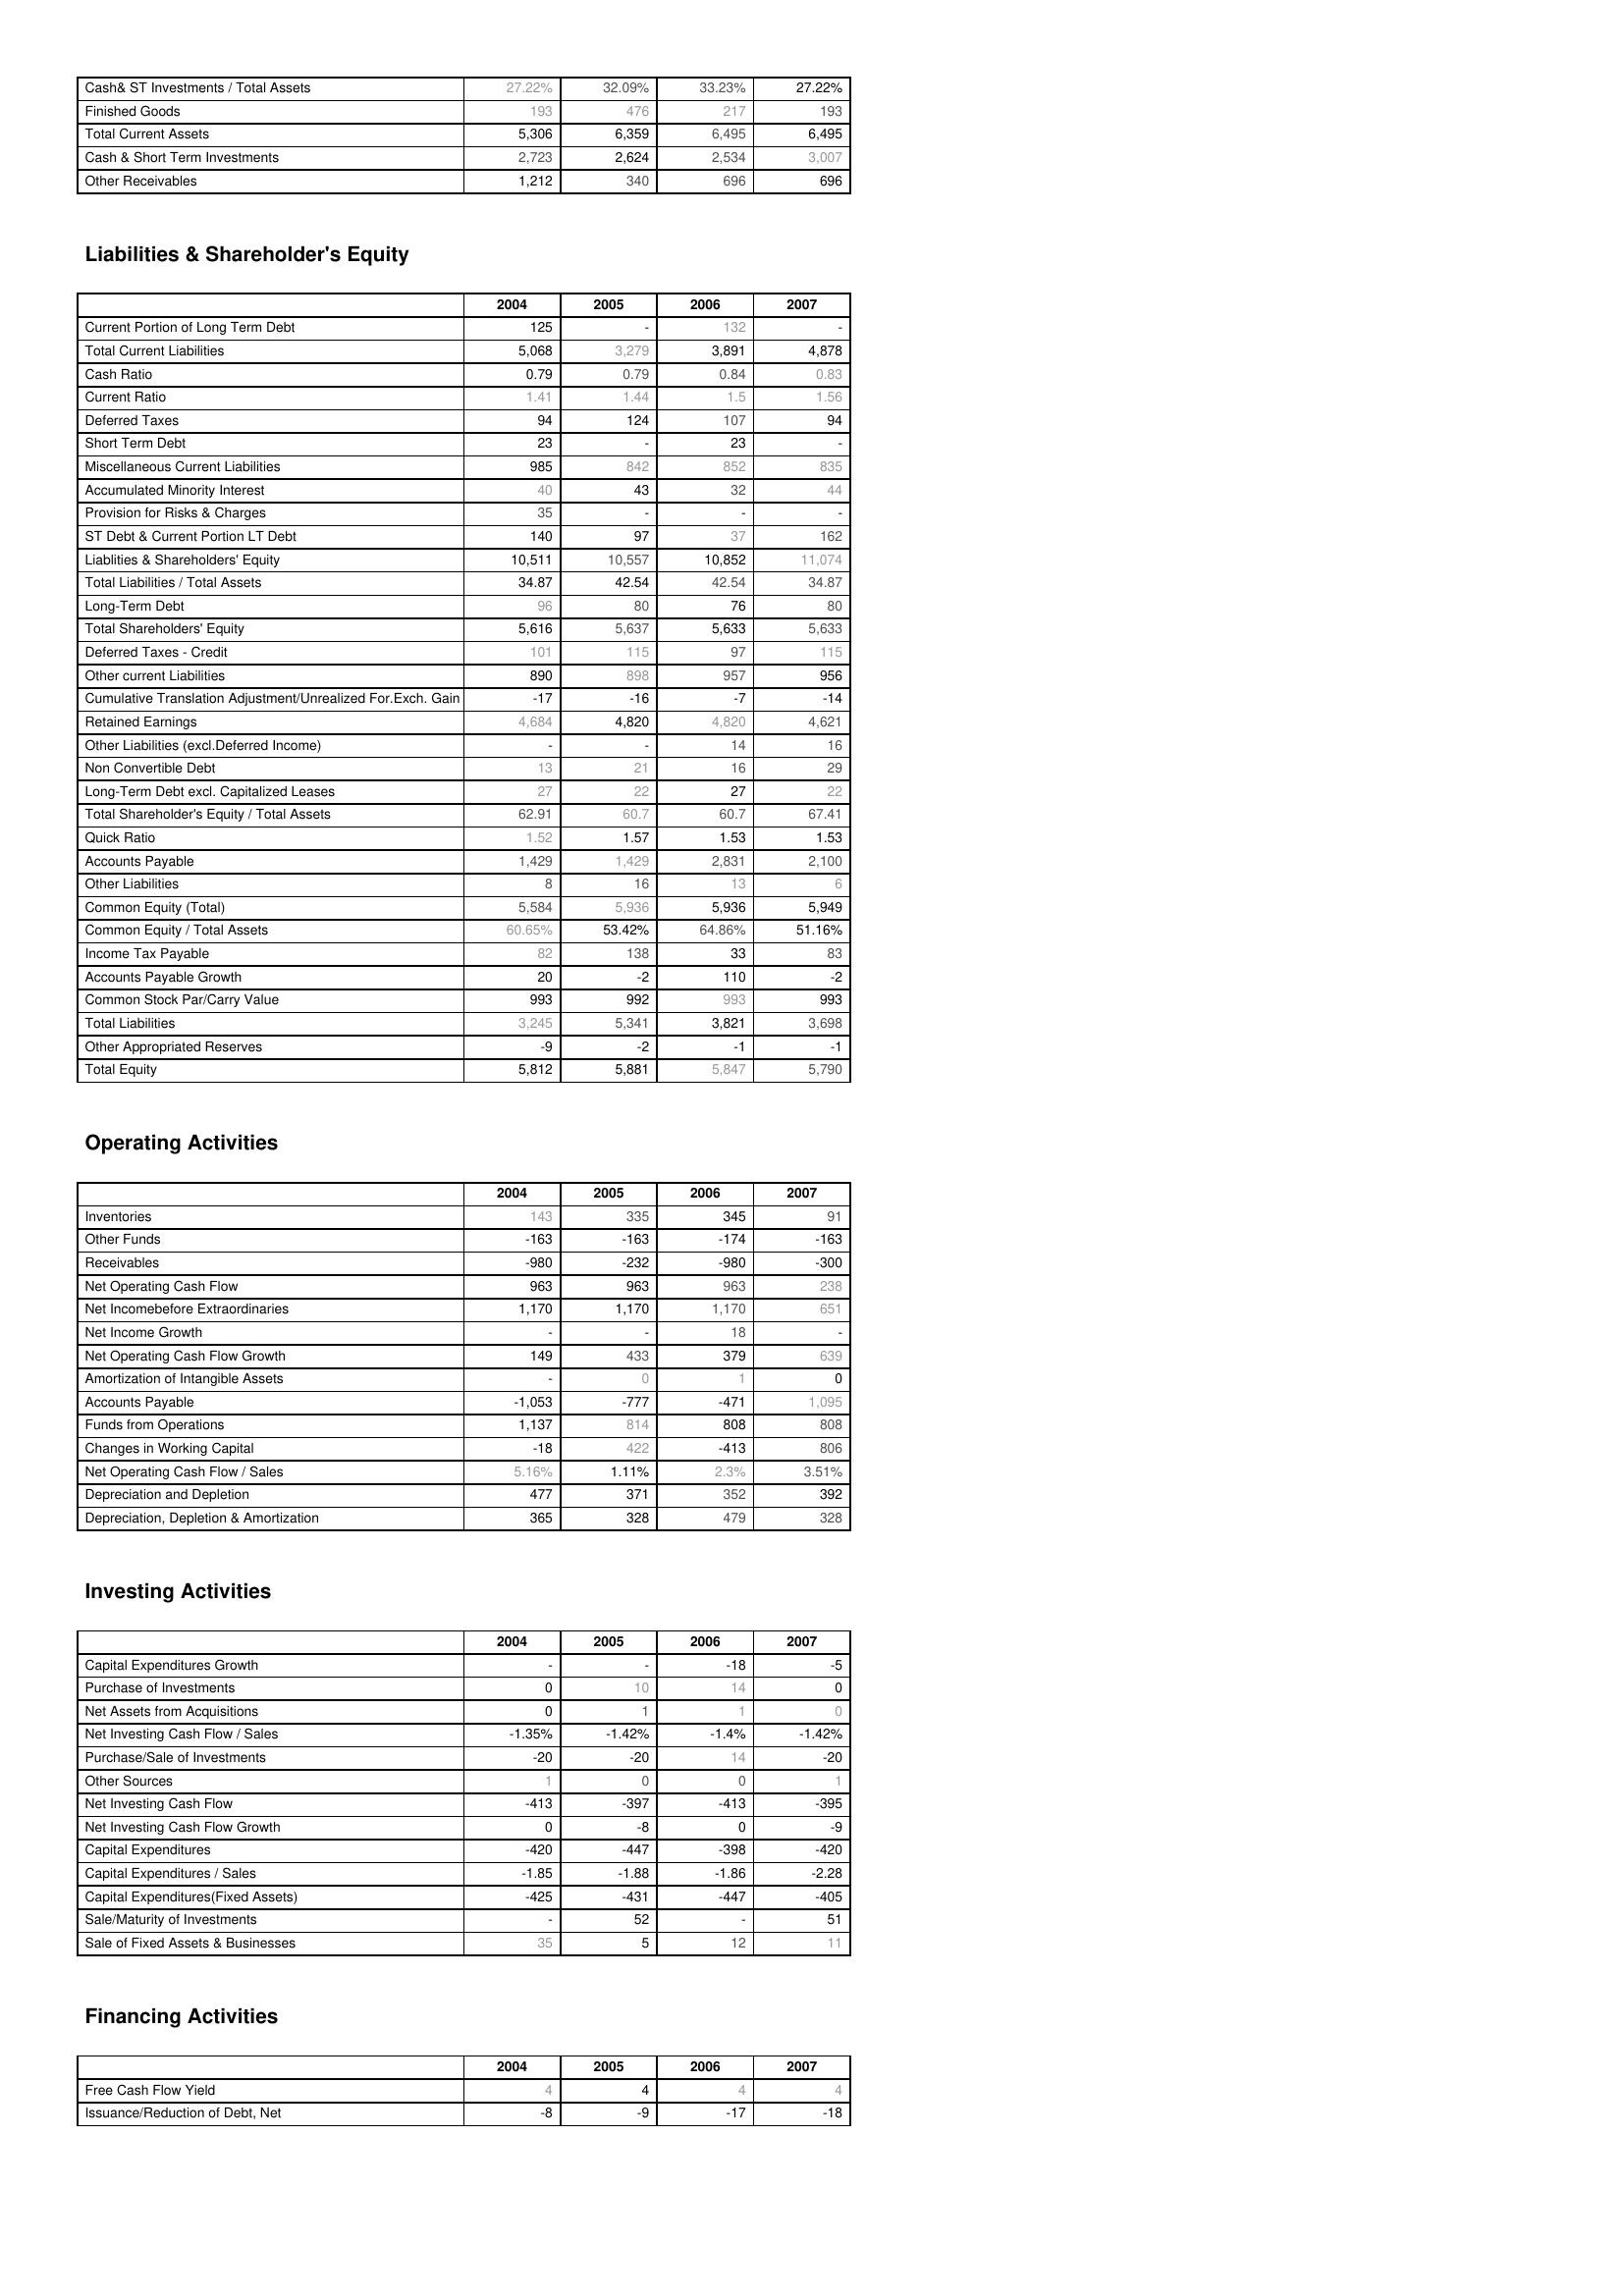
2004: Assets: Cash& ST Investments / Total Assets: 27.22%
Finished Goods: 193
Total Current Assets: 5,306
Cash & Short Term Investments: 2,723
Other Receivables: 1,212
Liabilities & Shareholder's Equity: Current Portion of Long Term Debt: 125
Total Current Liabilities: 5,068
Cash Ratio: 0.79
Current Ratio: 1.41
Deferred Taxes: 94
Short Term Debt: 23
Miscellaneous Current Liabilities: 985
Accumulated Minority Interest: 40
Provision for Risks & Charges: 35
ST Debt & Current Portion LT Debt: 140
Liablities & Shareholders' Equity: 10,511
Total Liabilities / Total Assets: 34.87
Long-Term Debt: 96
Total Shareholders' Equity: 5,616
Deferred Taxes - Credit: 101
Other current Liabilities: 890
Cumulative Translation Adjustment/Unrealized For.Exch. Gain: -17
Retained Earnings: 4,684
Other Liabilities (excl.Deferred Income): -
Non Convertible Debt: 13
Long-Term Debt excl. Capitalized Leases: 27
Total Shareholder's Equity / Total Assets: 62.91
Quick Ratio: 1.52
Accounts Payable: 1,429
Other Liabilities: 8
Common Equity (Total): 5,584
Common Equity / Total Assets: 60.65%
Income Tax Payable: 82
Accounts Payable Growth: 20
Common Stock Par/Carry Value: 993
Total Liabilities: 3,245
Other Appropriated Reserves: -9
Total Equity: 5,812
Operating Activities: Inventories: 143
Other Funds: -163
Receivables: -980
Net Operating Cash Flow: 963
Net Incomebefore Extraordinaries: 1,170
Net Income Growth: -
Net Operating Cash Flow Growth: 149
Amortization of Intangible Assets: -
Accounts Payable: -1,053
Funds from Operations: 1,137
Changes in Working Capital: -18
Net Operating Cash Flow / Sales: 5.16%
Depreciation and Depletion: 477
Depreciation, Depletion & Amortization: 365
Investing Activities: Capital Expenditures Growth: -
Purchase of Investments: 0
Net Assets from Acquisitions: 0
Net Investing Cash Flow / Sales: -1.35%
Purchase/Sale of Investments: -20
Other Sources: 1
Net Investing Cash Flow: -413
Net Investing Cash Flow Growth: 0
Capital Expenditures: -420
Capital Expenditures / Sales: -1.85
Capital Expenditures(Fixed Assets): -425
Sale/Maturity of Investments: -
Sale of Fixed Assets & Businesses: 35
Financing Activities: Free Cash Flow Yield: 4
Issuance/Reduction of Debt, Net: -8
2005: Assets: Cash& ST Investments / Total Assets: 32.09%
Finished Goods: 476
Total Current Assets: 6,359
Cash & Short Term Investments: 2,624
Other Receivables: 340
Liabilities & Shareholder's Equity: Current Portion of Long Term Debt: -
Total Current Liabilities: 3,279
Cash Ratio: 0.79
Current Ratio: 1.44
Deferred Taxes: 124
Short Term Debt: -
Miscellaneous Current Liabilities: 842
Accumulated Minority Interest: 43
Provision for Risks & Charges: -
ST Debt & Current Portion LT Debt: 97
Liablities & Shareholders' Equity: 10,557
Total Liabilities / Total Assets: 42.54
Long-Term Debt: 80
Total Shareholders' Equity: 5,637
Deferred Taxes - Credit: 115
Other current Liabilities: 898
Cumulative Translation Adjustment/Unrealized For.Exch. Gain: -16
Retained Earnings: 4,820
Other Liabilities (excl.Deferred Income): -
Non Convertible Debt: 21
Long-Term Debt excl. Capitalized Leases: 22
Total Shareholder's Equity / Total Assets: 60.7
Quick Ratio: 1.57
Accounts Payable: 1,429
Other Liabilities: 16
Common Equity (Total): 5,936
Common Equity / Total Assets: 53.42%
Income Tax Payable: 138
Accounts Payable Growth: -2
Common Stock Par/Carry Value: 992
Total Liabilities: 5,341
Other Appropriated Reserves: -2
Total Equity: 5,881
Operating Activities: Inventories: 335
Other Funds: -163
Receivables: -232
Net Operating Cash Flow: 963
Net Incomebefore Extraordinaries: 1,170
Net Income Growth: -
Net Operating Cash Flow Growth: 433
Amortization of Intangible Assets: 0
Accounts Payable: -777
Funds from Operations: 814
Changes in Working Capital: 422
Net Operating Cash Flow / Sales: 1.11%
Depreciation and Depletion: 371
Depreciation, Depletion & Amortization: 328
Investing Activities: Capital Expenditures Growth: -
Purchase of Investments: 10
Net Assets from Acquisitions: 1
Net Investing Cash Flow / Sales: -1.42%
Purchase/Sale of Investments: -20
Other Sources: 0
Net Investing Cash Flow: -397
Net Investing Cash Flow Growth: -8
Capital Expenditures: -447
Capital Expenditures / Sales: -1.88
Capital Expenditures(Fixed Assets): -431
Sale/Maturity of Investments: 52
Sale of Fixed Assets & Businesses: 5
Financing Activities: Free Cash Flow Yield: 4
Issuance/Reduction of Debt, Net: -9
2006: Assets: Cash& ST Investments / Total Assets: 33.23%
Finished Goods: 217
Total Current Assets: 6,495
Cash & Short Term Investments: 2,534
Other Receivables: 696
Liabilities & Shareholder's Equity: Current Portion of Long Term Debt: 132
Total Current Liabilities: 3,891
Cash Ratio: 0.84
Current Ratio: 1.5
Deferred Taxes: 107
Short Term Debt: 23
Miscellaneous Current Liabilities: 852
Accumulated Minority Interest: 32
Provision for Risks & Charges: -
ST Debt & Current Portion LT Debt: 37
Liablities & Shareholders' Equity: 10,852
Total Liabilities / Total Assets: 42.54
Long-Term Debt: 76
Total Shareholders' Equity: 5,633
Deferred Taxes - Credit: 97
Other current Liabilities: 957
Cumulative Translation Adjustment/Unrealized For.Exch. Gain: -7
Retained Earnings: 4,820
Other Liabilities (excl.Deferred Income): 14
Non Convertible Debt: 16
Long-Term Debt excl. Capitalized Leases: 27
Total Shareholder's Equity / Total Assets: 60.7
Quick Ratio: 1.53
Accounts Payable: 2,831
Other Liabilities: 13
Common Equity (Total): 5,936
Common Equity / Total Assets: 64.86%
Income Tax Payable: 33
Accounts Payable Growth: 110
Common Stock Par/Carry Value: 993
Total Liabilities: 3,821
Other Appropriated Reserves: -1
Total Equity: 5,847
Operating Activities: Inventories: 345
Other Funds: -174
Receivables: -980
Net Operating Cash Flow: 963
Net Incomebefore Extraordinaries: 1,170
Net Income Growth: 18
Net Operating Cash Flow Growth: 379
Amortization of Intangible Assets: 1
Accounts Payable: -471
Funds from Operations: 808
Changes in Working Capital: -413
Net Operating Cash Flow / Sales: 2.3%
Depreciation and Depletion: 352
Depreciation, Depletion & Amortization: 479
Investing Activities: Capital Expenditures Growth: -18
Purchase of Investments: 14
Net Assets from Acquisitions: 1
Net Investing Cash Flow / Sales: -1.4%
Purchase/Sale of Investments: 14
Other Sources: 0
Net Investing Cash Flow: -413
Net Investing Cash Flow Growth: 0
Capital Expenditures: -398
Capital Expenditures / Sales: -1.86
Capital Expenditures(Fixed Assets): -447
Sale/Maturity of Investments: -
Sale of Fixed Assets & Businesses: 12
Financing Activities: Free Cash Flow Yield: 4
Issuance/Reduction of Debt, Net: -17
2007: Assets: Cash& ST Investments / Total Assets: 27.22%
Finished Goods: 193
Total Current Assets: 6,495
Cash & Short Term Investments: 3,007
Other Receivables: 696
Liabilities & Shareholder's Equity: Current Portion of Long Term Debt: -
Total Current Liabilities: 4,878
Cash Ratio: 0.83
Current Ratio: 1.56
Deferred Taxes: 94
Short Term Debt: -
Miscellaneous Current Liabilities: 835
Accumulated Minority Interest: 44
Provision for Risks & Charges: -
ST Debt & Current Portion LT Debt: 162
Liablities & Shareholders' Equity: 11,074
Total Liabilities / Total Assets: 34.87
Long-Term Debt: 80
Total Shareholders' Equity: 5,633
Deferred Taxes - Credit: 115
Other current Liabilities: 956
Cumulative Translation Adjustment/Unrealized For.Exch. Gain: -14
Retained Earnings: 4,621
Other Liabilities (excl.Deferred Income): 16
Non Convertible Debt: 29
Long-Term Debt excl. Capitalized Leases: 22
Total Shareholder's Equity / Total Assets: 67.41
Quick Ratio: 1.53
Accounts Payable: 2,100
Other Liabilities: 6
Common Equity (Total): 5,949
Common Equity / Total Assets: 51.16%
Income Tax Payable: 83
Accounts Payable Growth: -2
Common Stock Par/Carry Value: 993
Total Liabilities: 3,698
Other Appropriated Reserves: -1
Total Equity: 5,790
Operating Activities: Inventories: 91
Other Funds: -163
Receivables: -300
Net Operating Cash Flow: 238
Net Incomebefore Extraordinaries: 651
Net Income Growth: -
Net Operating Cash Flow Growth: 639
Amortization of Intangible Assets: 0
Accounts Payable: 1,095
Funds from Operations: 808
Changes in Working Capital: 806
Net Operating Cash Flow / Sales: 3.51%
Depreciation and Depletion: 392
Depreciation, Depletion & Amortization: 328
Investing Activities: Capital Expenditures Growth: -5
Purchase of Investments: 0
Net Assets from Acquisitions: 0
Net Investing Cash Flow / Sales: -1.42%
Purchase/Sale of Investments: -20
Other Sources: 1
Net Investing Cash Flow: -395
Net Investing Cash Flow Growth: -9
Capital Expenditures: -420
Capital Expenditures / Sales: -2.28
Capital Expenditures(Fixed Assets): -405
Sale/Maturity of Investments: 51
Sale of Fixed Assets & Businesses: 11
Financing Activities: Free Cash Flow Yield: 4
Issuance/Reduction of Debt, Net: -18